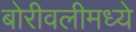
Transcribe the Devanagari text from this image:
बोरीवलीमध्ये